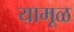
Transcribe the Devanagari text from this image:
यामूळ